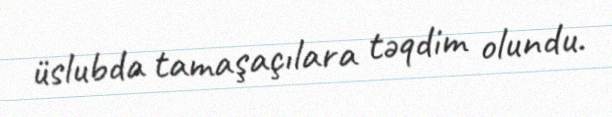
üslubda tamaşaçılara təqdim olundu.